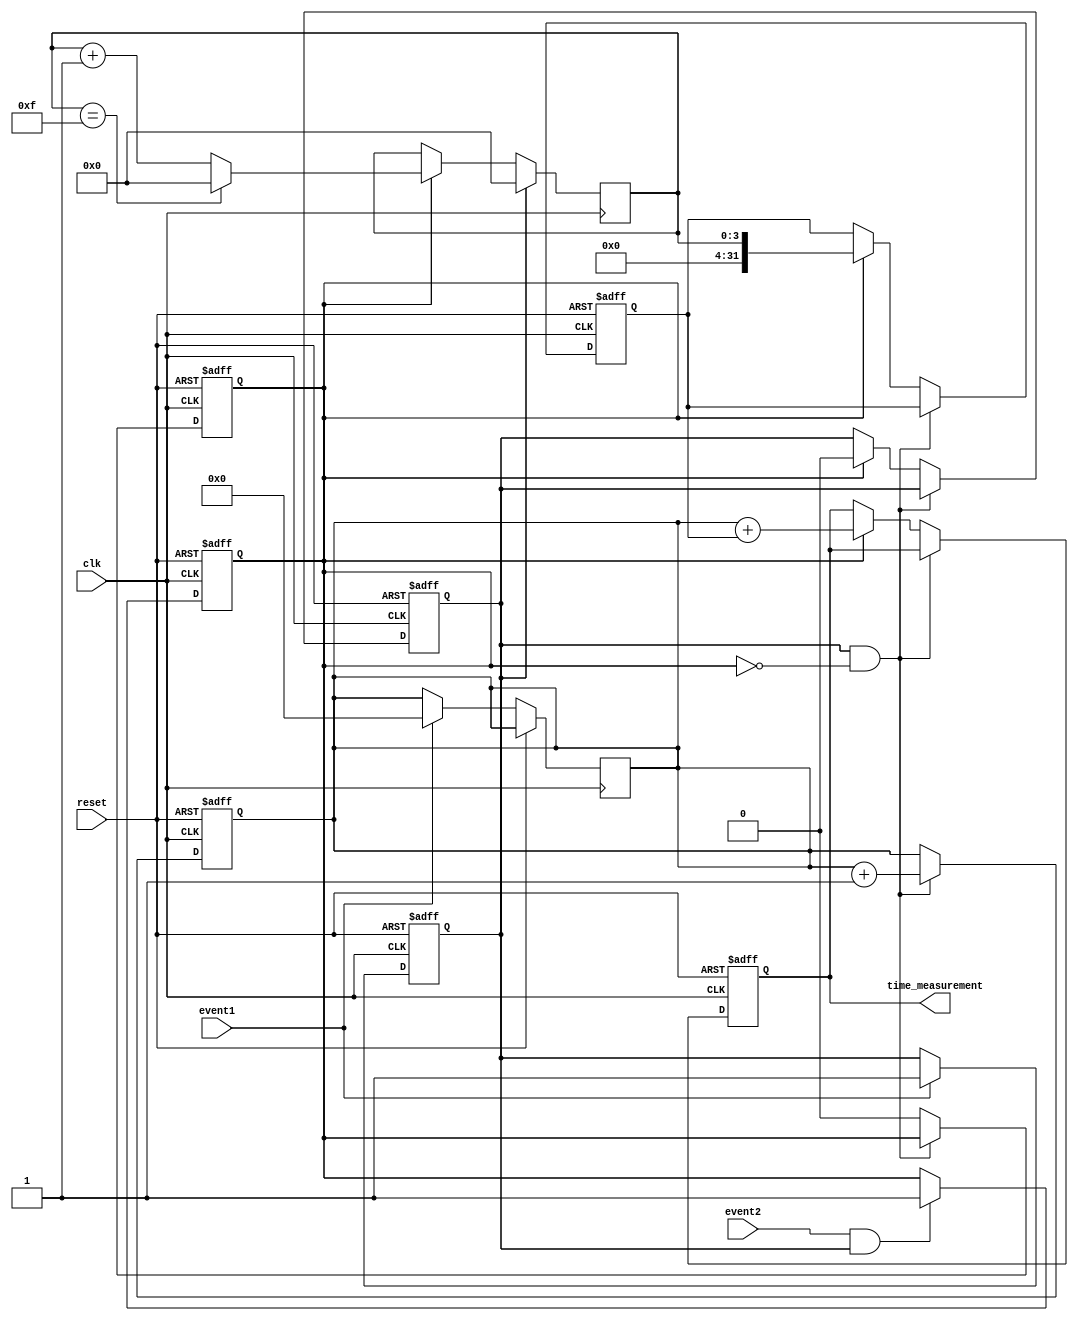
module TDC (
    input wire clk,                   // High-frequency clock
    input wire reset,                 // Asynchronous reset
    input wire event1,                // Input event 1
    input wire event2,                // Input event 2
    output reg [31:0] time_measurement // Final time measurement output
);

    reg [31:0] coarse_count;          // Coarse counter
    reg [31:0] fine_measurement;       // Fine measurement
    reg event1_detected, event2_detected; // Event detection flags
    reg [31:0] delay_line [0:15];      // Delay line for fine resolution
    reg [3:0] delay_index;             // Delay line index
    reg [31:0] interpolation_result;    // Result from interpolation logic

    // Event detection logic
    always @(posedge clk or posedge reset) begin
        if (reset) begin
            event1_detected <= 0;
            event2_detected <= 0;
        end else begin
            if (event1) begin
                event1_detected <= 1;
                coarse_count <= 0; // Reset coarse count on first event
            end
            if (event2 && event1_detected) begin
                event2_detected <= 1;
            end
        end
    end

    // Coarse counting logic
    always @(posedge clk or posedge reset) begin
        if (reset) begin
            coarse_count <= 0;
            time_measurement <= 0;
            fine_measurement <= 0;
            event1_detected <= 0;
            event2_detected <= 0;
        end else if (event1_detected && !event2_detected) begin
            coarse_count <= coarse_count + 1; // Increment on each clock cycle
        end else if (event2_detected) begin
            // Capture fine measurement
            fine_measurement <= delay_index; // Capture index for fine measurement
            time_measurement <= coarse_count + fine_measurement; // Combine results
            // Reset flags
            event1_detected <= 0;
            event2_detected <= 0;
        end
    end

    // Fine resolution measurement using a delay line
    always @(posedge clk) begin
        if (event1_detected) begin
            delay_index <= 0; // Reset index on event1
        end else if (event2_detected) begin
            // Sample delay line for fine measurement
            delay_line[delay_index] <= coarse_count; // Capture current coarse count
            delay_index <= delay_index + 1; // Increment index
            if (delay_index == 15) begin
                delay_index <= 0; // Wrap around
            end
        end
    end

    // Interpolation logic (simple average for this example)
    always @(posedge clk) begin
        if (event2_detected) begin
            interpolation_result <= (delay_line[0] + delay_line[1] + delay_line[2] + delay_line[3] +
                                     delay_line[4] + delay_line[5] + delay_line[6] + delay_line[7] +
                                     delay_line[8] + delay_line[9] + delay_line[10] + delay_line[11] +
                                     delay_line[12] + delay_line[13] + delay_line[14] + delay_line[15]) >> 4; // Average
        end
    end

endmodule